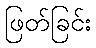
ဖြတ်ခြင်း